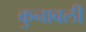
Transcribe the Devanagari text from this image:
कुनावली